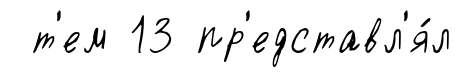
т'ем 13 пр'едставл'я́л